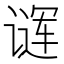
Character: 𬤖